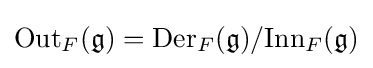
{\text{Out}}_{F}({\mathfrak {g}})={\text{Der}}_{F}({\mathfrak {g}})/{\text{Inn}}_{F}({\mathfrak {g}})